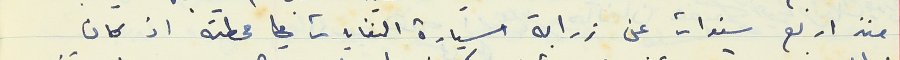
منذ اربع سنوات عن زرابة سيارة النفايات في محطته اذ كان